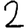
Digit: 2